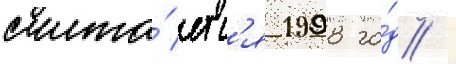
счита́етс'я 1998 го́д /